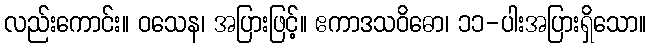
လည်းကောင်း။ ဝသေန၊ အပြားဖြင့်။ ဧကာဒသဝိဓော၊ ၁၁-ပါးအပြားရှိသော။